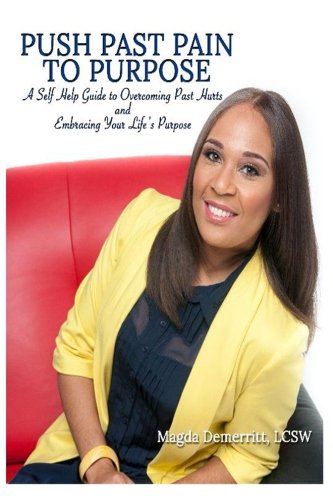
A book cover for Push Past Pain to Purpose: A Self Help Guide to Overcoming Past Hurts and Embracing Your Life's Purpose; LCSW, Magda Demerritt; Self-Help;